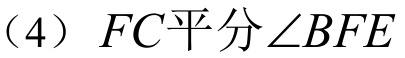
（4）\(FC平分\angle BFE\)